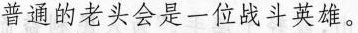
普通的老头会是一位战斗英雄。